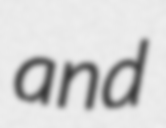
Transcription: and